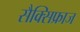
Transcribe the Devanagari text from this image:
सैक्सिफ्राज